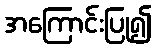
အကြောင်းပြု၍